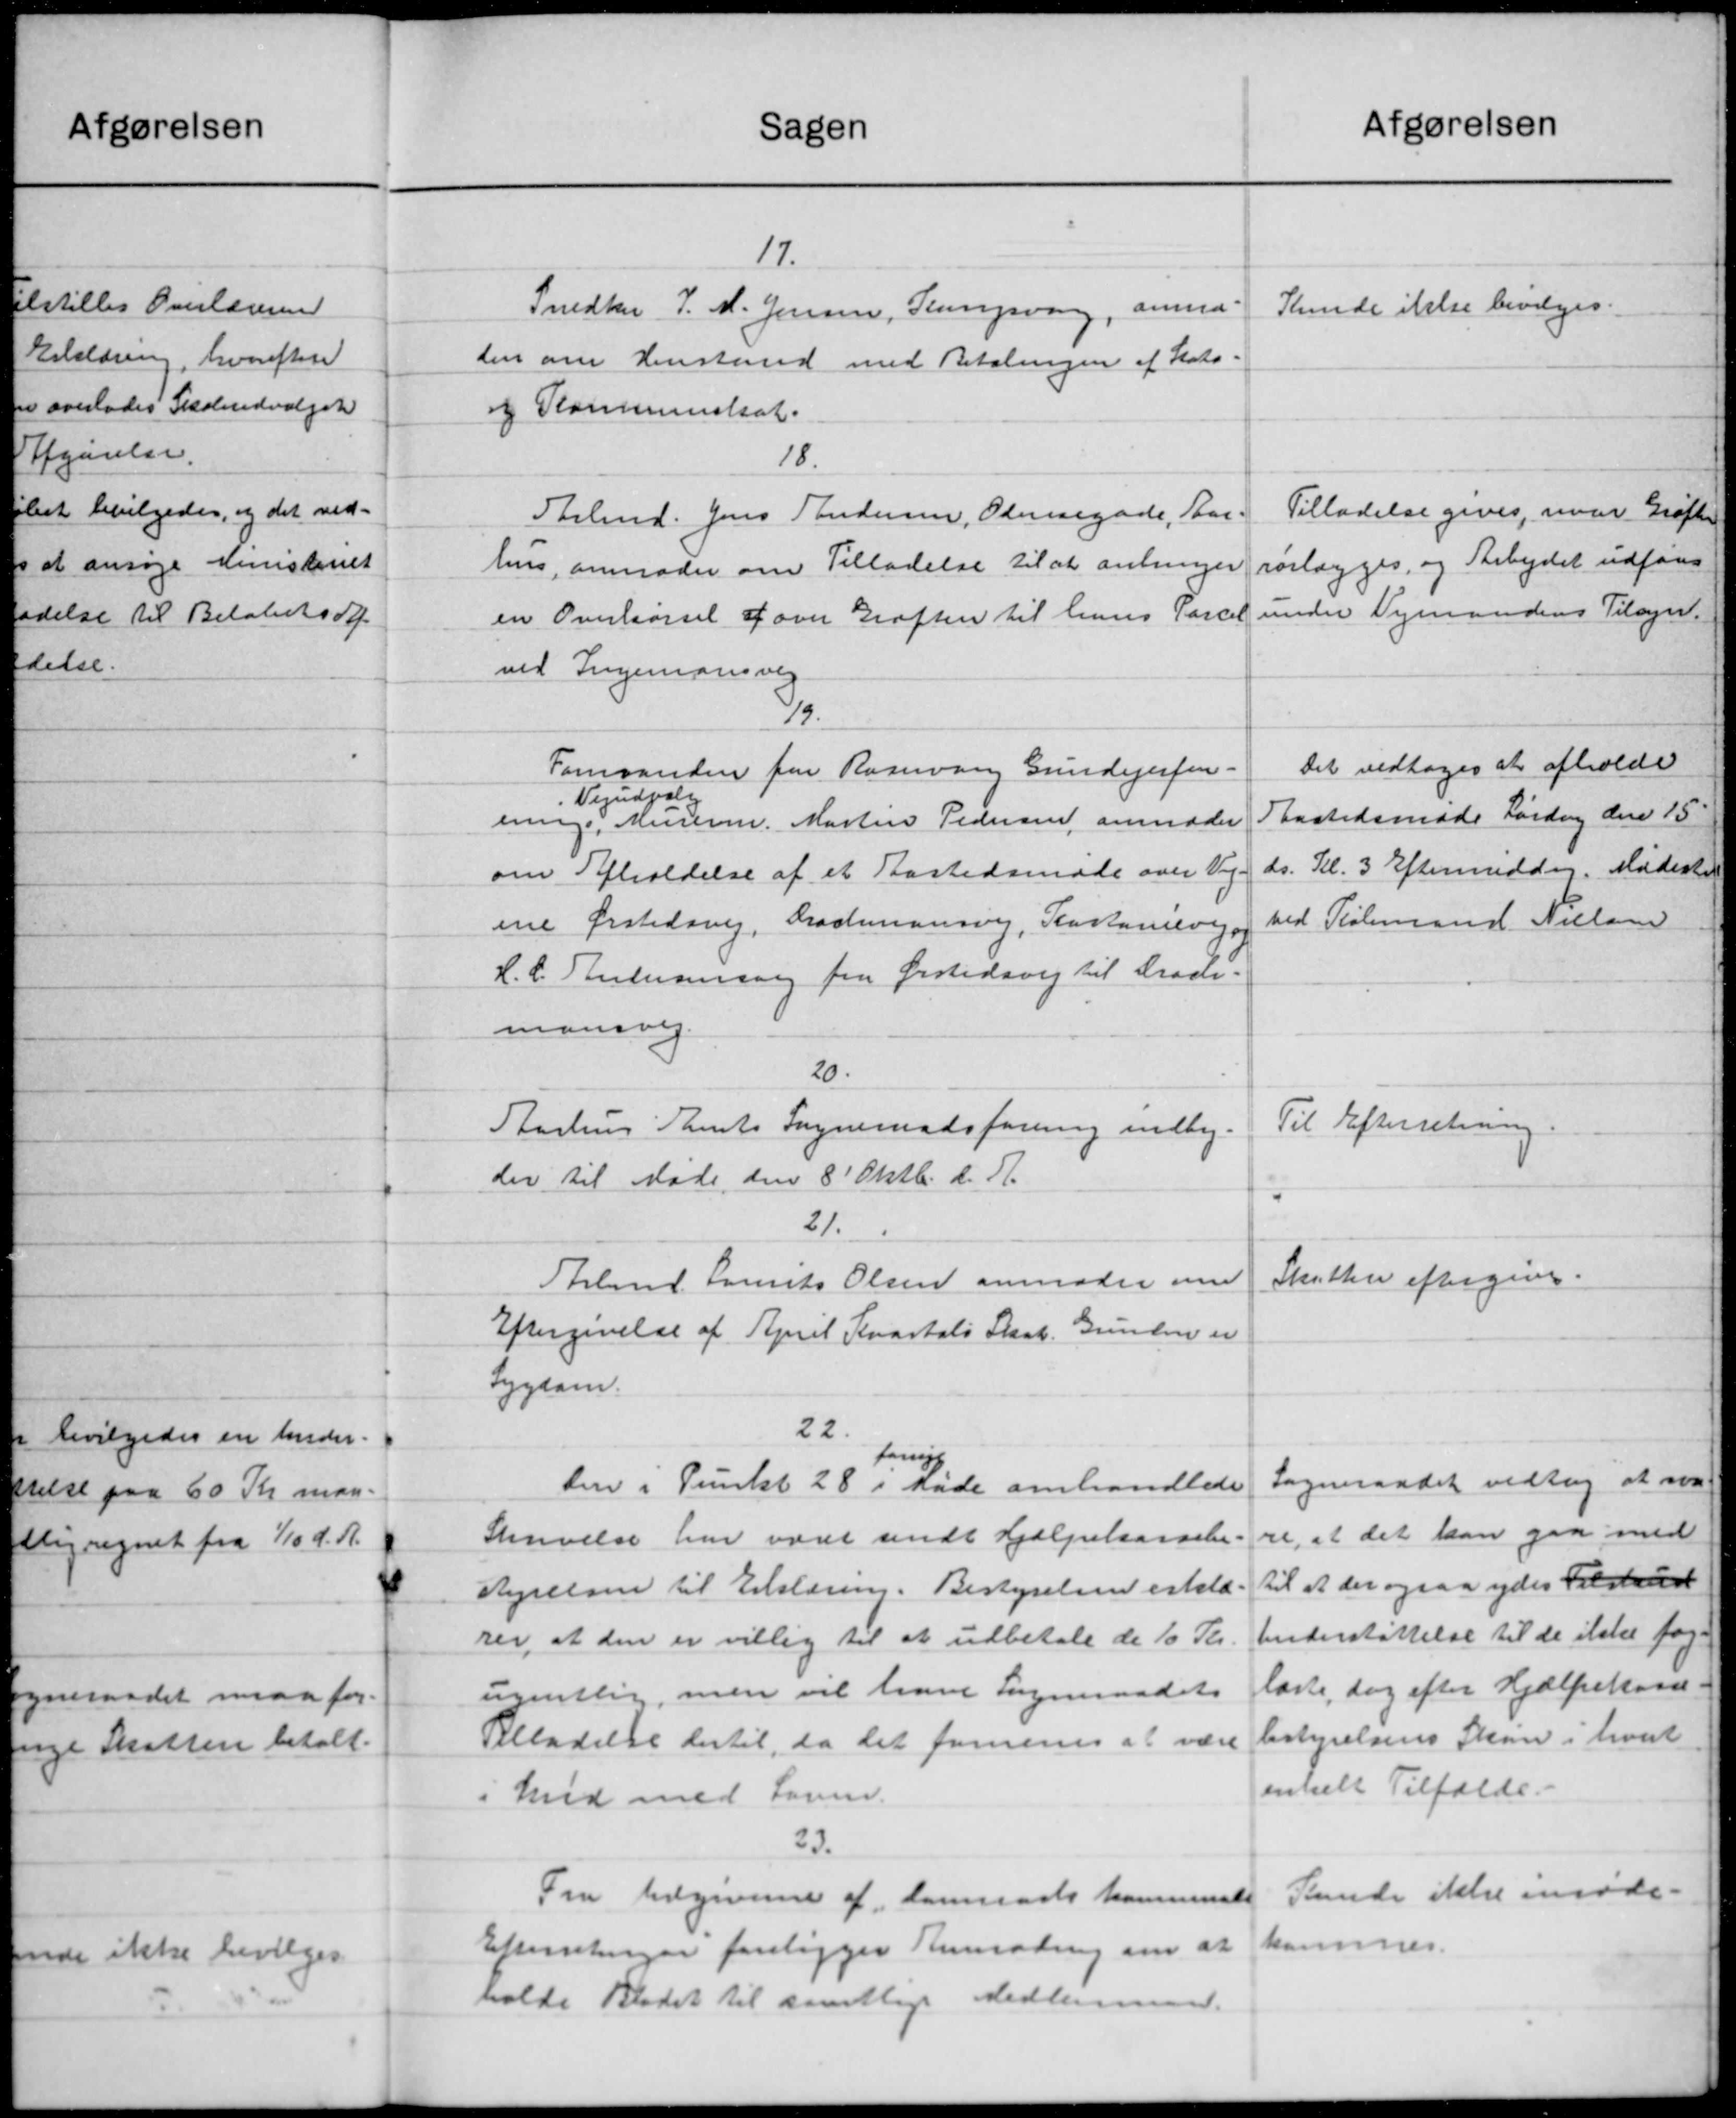
Transskription:
Sagen
17.
Snedker J. M. Jensen, Slangsvang, anmod
den om Henstand med Betalingen af Stats-
og Kommuneskat.
18
Stlmd. Jens Andersen, Odensegade, Aar
hus, anmoder om Tilladelse til at anbringer
en Overkørsel a over Grøften til hans Parcel
ved Ingenionsvej
8/9
Formanden for Rasnvang Gundejerfor-
Vejudvalg
ering, Murerm. Martin Pedersen anmoder
om Afholdelse af et Aastedsmøde over Vej
Drastiansvej, Kastanievej
ne Ørstedsvej
H.C. Anderensen fra Ørstedsvej til Drach.
mansvej.
20
Aarhus Samts Sogneraadsforening indbyg-
der til Møde den 8' Oktb. d. A.
21.
Stland Laurits Olsen anmoder om
Eftergivelse af April Kvartals Skat. Grunden er
Sygdom.
22
forny
den i Punkt 28 i Møde omhandlede
Skrivelse har været sendt Hjælpekassele
styrelsen til Erklæring. Bestyrelsen erklær
rer, at den er villig til at udbetale de 10 Kr.
ugentlig, men vil have Sogneraadets
Tilladelse dertil, da det forenes at være
i hvid med Lovn.
23.
Fra Udgiverne af Danmarks kommunes
Eftertinger foreligger Remaling om at
holde Bladet til samtlige Medlemmer.